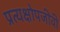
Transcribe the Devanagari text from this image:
प्रत्यक्षोपजीवी